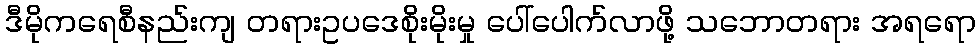
ဒီမိုကရေစီနည်းကျ တရားဥပဒေစိုးမိုးမှု ပေါ်ပေါက်လာဖို့ သဘောတရား အရရော